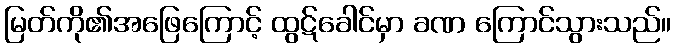
မြတ်ကို၏အဖြေကြောင့် ထွဋ်ခေါင်မှာ ခဏ ကြောင်သွားသည်။